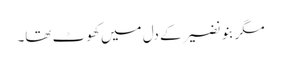
مگر بنو نضیر کے دل میں کھو ٹ تھا۔